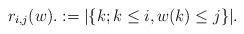
LaTeX: \begin{align*} r_{i,j}(w).: = |\{k;k\leq i,w(k)\leq j\}|. \end{align*}